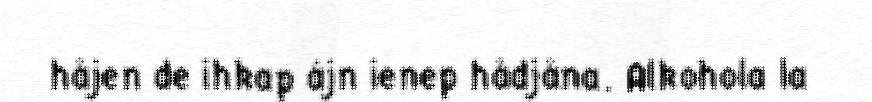
håjen de ihkap ájn ienep hådjåna. Alkohola la